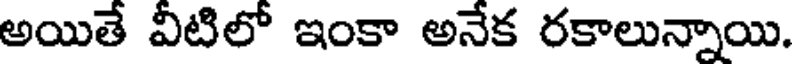
అయితే వీటిలో ఇంకా అనేక రకాలున్నాయి.